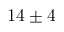
1 4 \pm 4